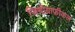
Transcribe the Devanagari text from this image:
जियोग्राफ़ीकल